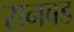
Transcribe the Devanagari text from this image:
रानवड